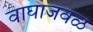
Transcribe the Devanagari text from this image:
वाघाजवळ